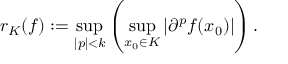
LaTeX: r _ { K } ( f ) : = \operatorname* { s u p } _ { | p | < k } \left( \operatorname* { s u p } _ { x _ { 0 } \in K } \left| \partial ^ { p } f ( x _ { 0 } ) \right| \right) .